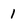
Character: 1